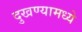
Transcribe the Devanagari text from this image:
दुखण्यामध्ये